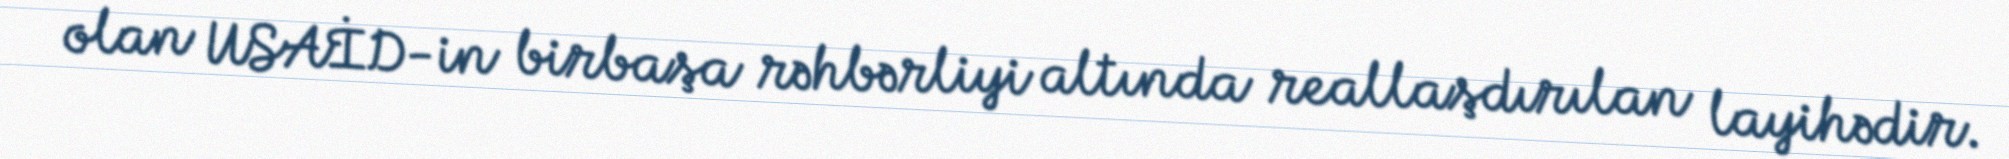
olan USAİD-in birbaşa rəhbərliyi altında reallaşdırılan layihədir.